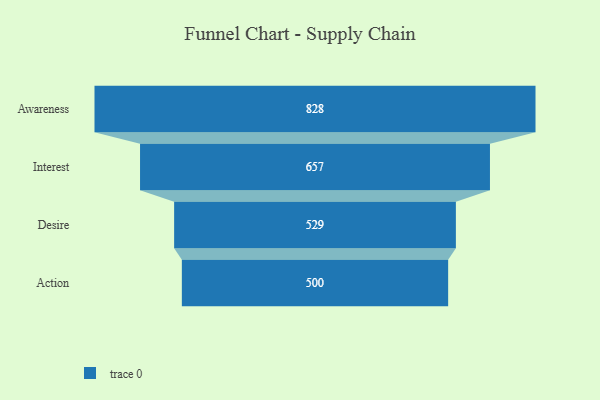
{"axis": {"x": "Stage", "y": "Value"}, "legend": [""], "data": [{"x": "Awareness", "y": 828.0, "type": ""}, {"x": "Interest", "y": 657.0, "type": ""}, {"x": "Desire", "y": 529.0, "type": ""}, {"x": "Action", "y": 500, "type": ""}]}